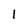
Character: 1